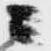
ニ